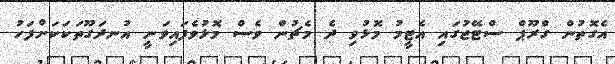
އެގޮތުން ގްރޫޕް ސްޓޭޖުގައި އެޓީމު މޮޅުވި ދެ މެޗުން ވެސް މޮޅުވެފައިވަނީ އުނދަގޫތަކަކަށްފަހު